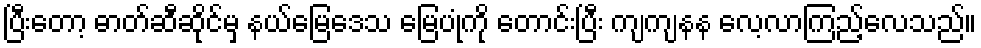
ပြီးတော့ ဓာတ်ဆီဆိုင်မှ နယ်မြေဒေသ မြေပုံကို တောင်းပြီး ကျကျနန လေ့လာကြည့်လေသည်။